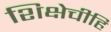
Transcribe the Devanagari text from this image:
शिक्षेचीहि